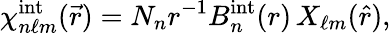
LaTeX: \chi_{n\ell m}^{\mathrm{int}}(\vec{r})=N_{n}r^{-1}B_{n}^{\mathrm{int}}(r)\, X_{\ell m}(\hat{r}),